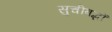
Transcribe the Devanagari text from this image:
सुचीबद्धों